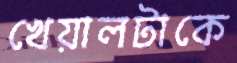
খেয়ালটাকে